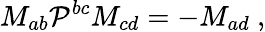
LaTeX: M_{ab}{\cal P}^{bc}M_{cd}=-M_{ad}~,